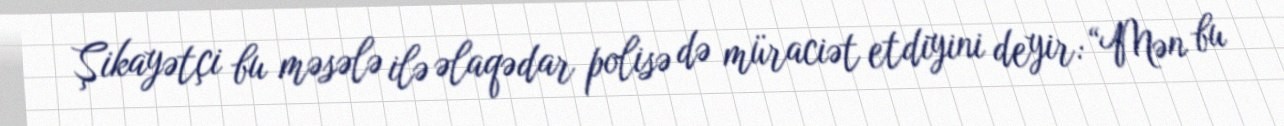
Şikayətçi bu məsələ ilə əlaqədar polisə də müraciət etdiyini deyir: “Mən bu